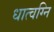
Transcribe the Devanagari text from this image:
धात्वग्नि